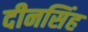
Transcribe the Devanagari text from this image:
दीनसिंह